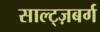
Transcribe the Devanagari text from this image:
साल्ट्ज़बर्ग